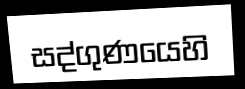
සද්ගුණයෙහි